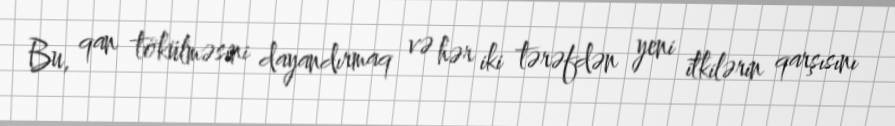
Bu, qan tökülməsini dayandırmaq və hər iki tərəfdən yeni itkilərin qarşısını